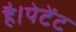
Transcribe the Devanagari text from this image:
है।पेटेंट